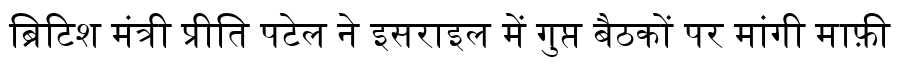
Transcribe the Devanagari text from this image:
ब्रिटिश मंत्री प्रीति पटेल ने इसराइल में गुप्त बैठकों पर मांगी माफ़ी